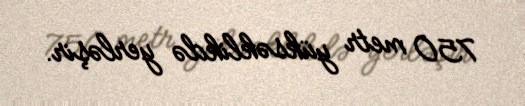
750 metr yüksəklikdə yerləşir.